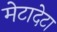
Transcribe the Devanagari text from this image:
मेटादेटा